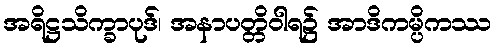
အရိဋ္ဌသိက္ခာပုဒ်၊ အနာပတ္တိဝါရ၌ အာဒိကမ္ပိကဿ